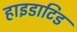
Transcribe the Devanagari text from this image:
हाइडाटिड